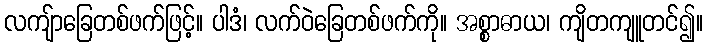
လကျ်ာခြေတစ်ဖက်ဖြင့်။ ပါဒံ၊ လက်ဝဲခြေတစ်ဖက်ကို။ အစ္စာဓာယ၊ ကျိတကျူတင်၍။